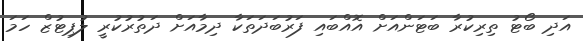
އަދި ބޯޓު ތިރިކުރާ ބަޓަންއަށް އޮއްބައި ފަރުބަދަތަކާ ދިމާއަށް ދަތުރުކުރީ ލުޕިޓުޒް ހަމަ